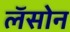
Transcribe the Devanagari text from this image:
लॅसोन